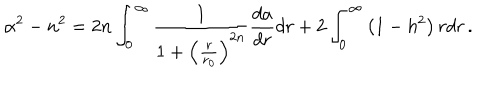
\alpha ^ { 2 } - n ^ { 2 } = 2 n \int _ { 0 } ^ { \infty } { \frac { 1 } { 1 + \left( { \frac { r } { r _ { 0 } } } \right) ^ { 2 n } } } { \frac { d a } { d r } } d r + 2 \int _ { 0 } ^ { \infty } \left( 1 - h ^ { 2 } \right) r d r \, .